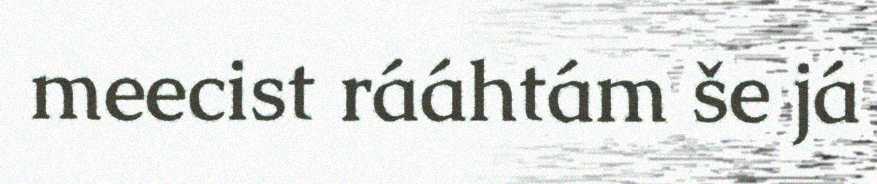
meecist rááhtám še já